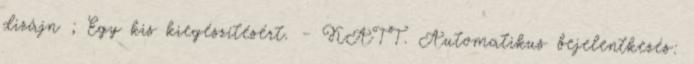
dizájn ; Egy kis kiegészítésért. - KATT. Automatikus bejelentkezés: